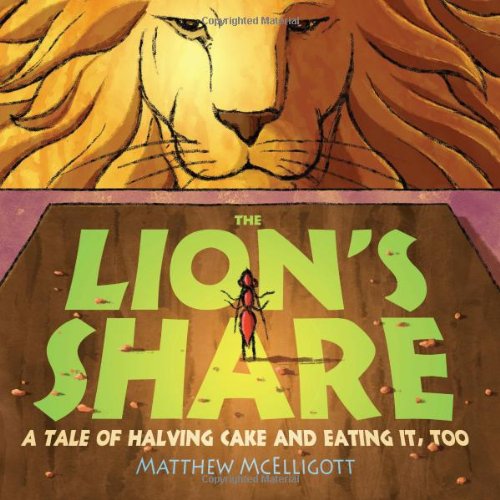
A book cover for The Lion's Share; Matthew McElligott; Children's Books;